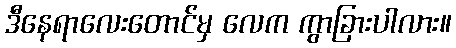
ဒီနေရာလေးတောင်မှ လေက ကွာခြားပါလား။